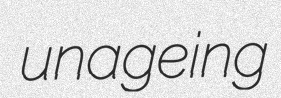
unageing